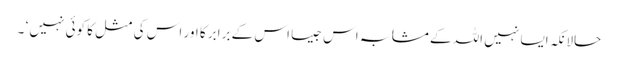
حالانکہ ایسا نہیں اللہ کے مشابہ اس جیسا اس کے برابر کا اور اس کی مثل کا کوئی نہیں ‘ ۔